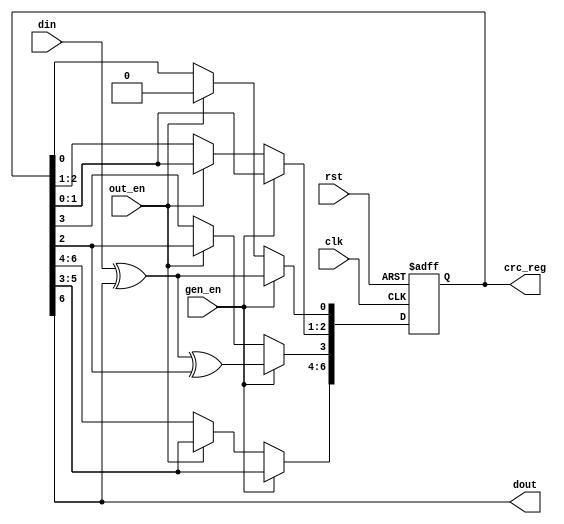
///////////////////////////////////////////////////////////////////////////////
//
//
// Copyright (C) 2007, Licensed customers of QuickLogic may copy or modify
// this file for use in designing QuickLogic devices only.
//
// Module Name:  crc7
//
///////////////////////////////////////////////////////////////////////////////
`timescale 1ns/1ns

module crc7(
  rst,
  clk,
  gen_en,
  out_en,
  din,
  dout,
  crc_reg
);

input  rst;
input  clk;
input  gen_en;
input  out_en;
input  din;
output dout;
output [6:0] crc_reg;

wire   rst;
wire   clk;
wire   gen_en;
wire   out_en;
wire   din;
wire   dout;
wire   crc_din;

reg [6:0] crc_reg;

  assign dout = crc_reg[6];
  assign crc_din = din;

  always @(posedge rst or posedge clk) 
    begin
      if( rst ) 
	  begin
        crc_reg          <= 7'b0;
      end
      else
      begin
        if( gen_en ) 
		begin
          crc_reg[6:4]   <= crc_reg[5:3] ;
          crc_reg[3]     <= crc_din ^ crc_reg[6] ^ crc_reg[2];
          crc_reg[2:1]   <= crc_reg[1:0] ;
          crc_reg[0]     <= crc_din ^ crc_reg[6];
        end
        else if( out_en ) 
		begin
          crc_reg[6:1]   <= crc_reg[5:0] ;
          crc_reg[0]     <= 1'b 0;
        end
      end
    end


endmodule